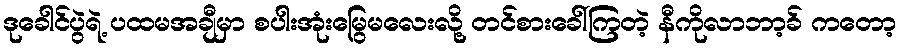
ဒုခေါင်ပွဲရဲ့ ပထမအချီမှာ စပါးအုံးမြွေမလေးလို့ တင်စားခေါ်ကြတဲ့ နီကိုလာဘာ့ခ် ကတော့